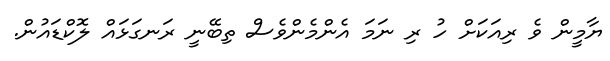
ޔާމީން ވެ ރިއަކަށް ހު ރި ނަމަ އެންމެންވެސް ތިބޭނީ ރަނގަޅައް ލޮކްޑައުން.